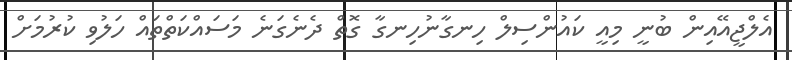
އެލްޖީއޭއިން ބުނީ މިއީ ކައުންސިލް ހިނގާނުހިނގާ ގޮތް ދެނެގަނެ މަސައްކަތްތައް ހަލުވި ކުރުމަށް